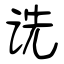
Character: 诜